King Institute of Preventive Medicine Micro-Biological Section reports 1909-11
Year: 1909
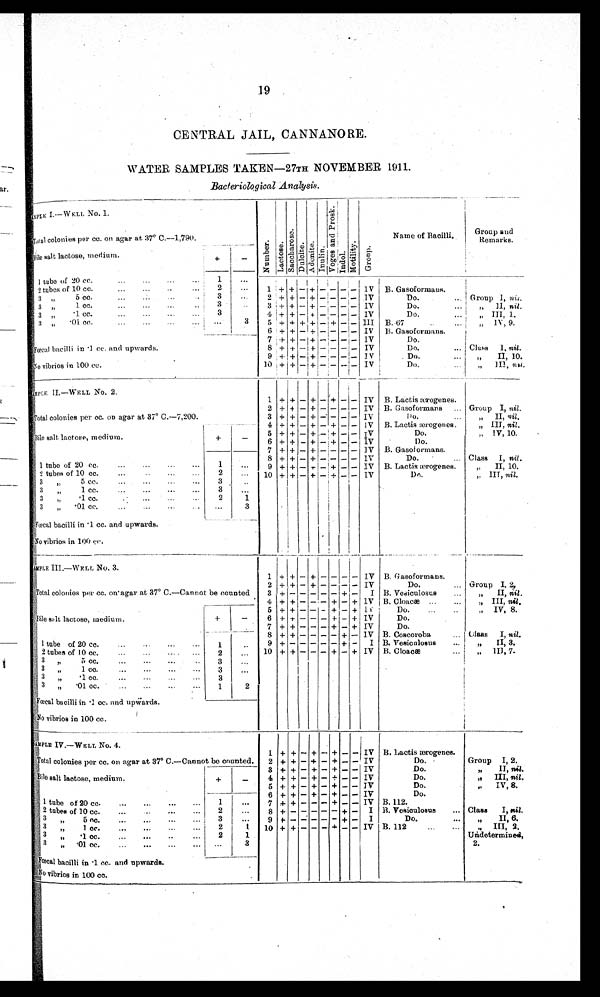
19
CENTRAL JAIL, CANNANORE.
WATER SAMPLES TAKEN—27TH NOVEMBER 1911.
Bacteriological Analysis.
SAMPLE I.—WELL. No. 1.
Numbe r . La c t os e .
S a c c h a r o s e
Dul ci t e
Adoni t e.
I nul i ne. V o g e s a n d P r o s k . Indol Mot i l i t y. Gr oup.
Name of Bacilli.
Group
and Remarks.
Total colonies per cc. on agar at 37° C.—1,790.
Bile salt lactose, medium.
+
-
1 t u b e o f 2 0 c c .
. . .
. . .
. . .
. . . 1
. . .
1 + + - + - - - -
I V
B G a s o f o r m a n s
2 tubes of 10 cc.
...
...
.....
2
. . . . . .
2 + + - + - - - -
I V Do. ...
G r o u p I ,
n i l
.
3 „
5 co.
..
...
..
3
. . .
3 + + - + - - - -
I V
D o . . . .
, , I I
n i l
.
3 ,,
1cc.
...
3
. . .
4 + + - + - - - -
I V
D o . . . .
, , I I I , 1 .
3
, ,
. 1
c c .
. . .
. . .
. . .
. . .
3
5 + + + + - + - -
I I I
B . 6 7
, , I V , 9 .
3 , , . 0 1 c c .
. . .
. . .
. . .
. . . 3
6 + + - + - - - -
I V
B Gasof or mans
7 + + - + - - - -
I V
Do. ...
Fœcal bacilli in .1 cc. and upwards.
8 + + - + - - - -
I V
D o .
C l a s s I , n i l .
9 + + - + - - - -
I V
D o . . . .
, , I I , 1 0 .
1 0 + + - + - - - -
I V
D o . . . .
, , I I I ,
n i l
.
No vibrios in 100 cc.
SAMPLE II.—WELL No. 2.
1 + + - + - + - - IV B. Lactis ærogenes.
Total colonies per cc. on agar at 37° C.—7,200.
2 + + - + - -
- - IV B. Gasoformans,.. Group I, nil.
3 + + - + - -
- - IV
Do . . . .
„ II, nil.
4 + + - + - + - - IV B. Lactis ærogenes.
„ III, nil.
Bile salt lactose, medium.
+
-
5 + + - + - + - - IV
Do.
„ IV, 10.
6 + + - + - + - - IV
Do.
7 + + - + - -
- - IV B. Gasoformans.
1 tube of 20 cc.
...
...
...
...
1
. . .
8 + + - + - -
- - IV
Do.
... Class I, nil.
9 + + - + - + - - IV B. Lactis ærogenes.
„ II, 10.
2 tubes of 10 cc.
...
...
...
2 . . .
1 0 + + - + - +
- - IV
Do.
„ III, nil.
3 ,,
5 co.
...
...
...
...
3 .
. . .
3 „
1 cc.
...
...
...
...
3
. . .
3 „
. 1
c c . . . .
. . .
. . .
2
1
3 ,, .01 cc
. . . 3
Fœcal bacilli in .1 cc. and upwards.
No vibrios in 100 cc.
SAMPLE III.—WELL No. 3.
1 + + - + - - - -
I V B. Gasoformans.
2 + + - + - - - -
I V
Do. ... „ Group I, 2.
Total colonies per cc. on agar at 37° C.—Cannot be counted.
3 + -
- - - - + -
I B. Vesiculosus
...
„ II, nil .
4 + + - - - + - +
I V 13. Cloacæ ...
...
„ III, nil.
Bile salt lactose, medium.
+
-
5 + + - - - + - +
I V
Do.
...
..
„ IV, 8.
6 + + - - - + - +
I V
Do.
7 + + - - - + - +
I V
Do.
1 tube of 20 cc.
1
. . .
8 + + - - - - + -
I V B. Coscoroba
... Class I, nil.
9 + -
- - - - + -
I B. Vesiculosus
...
„ II, 3,
2 tubes of 10 cc.
...
...
... . ...
2
. . .
1 0 + + - - - + - +
I V B. Cloacæ
,, III, 7.
3 ,,
5 cc.
...
...
3
. . .
3
1. cc.
3
. . . . . .
3 ,, .1 cc. ... ... ... ...
3
. . .
3
.01 cc. ... ...
...
1
2
Fœcal bacilli in .1 cc. and upwards.
No vibrios in 100 cc.
SAMPLE IV.—WELL No. 4.
1 + + - + - + - - I V B. Lactis ærogenes.
T o t a l c o l o n i e s p e r c c . o n a g a r a t 3 7° C . — C a n n o tb
e
c o u n t e d .
2 + + - + - + - - I V
Do.
Group I, 2.
3 + + - + - + - - I V
Do.
„
II, nil.
Bile salt lactose, medium.
+
-
4 + + - + - + - - I V
Do.
,, III, nil.
5 + + - + - + - - I V
Do.
,, IV, 8.
1 tube of 20 cc. . . .
. . .
. . .
. . . 1
...
6 + + - + - + - - I V
Do.
7 + + - - - + - - I V B. 112.
2 tubes of 10 cc
...
...
...
. . . 2
...
8 + -
- - - - + - I B. Vesiculosus
... Class I,
n i l
3
5 cc.
...
...
...
...
3
. . .
9 + -
- - - - + - I
Do.
...
„
II, 6.
3 1 c c .
. . .
. . .
. . .
. . . 2
1
1 0 + + - - - + - - I V B. 112
...
... .. ,, III, 2.
3 ,,.1 cc.
...
...
. . . .
. . .
2
1
Undetermined,
2.
3 „
. 0 1
c c .
. . .
. . .
. . .
. . .
. . .
3
Fœcal bacilli in .1 cc. and upwards.
N o v i b r i o s i n 1 0 0 c c .
. . .